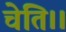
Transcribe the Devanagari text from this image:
चेति।।